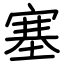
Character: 塞